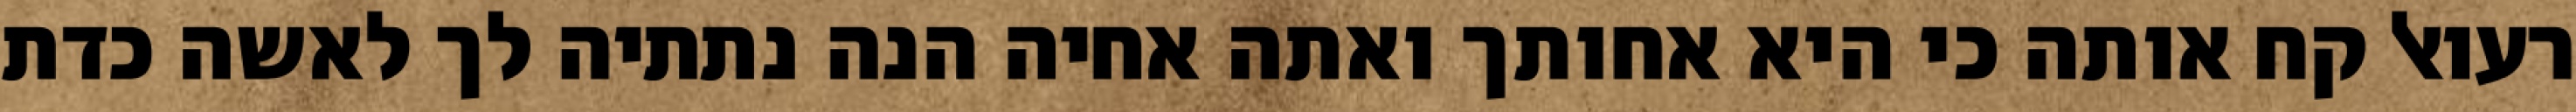
רעואל קח אותה כי היא אחותך ואתה אחיה הנה נתתיה לך לאשה כדת